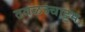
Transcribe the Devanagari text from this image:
तवळच्चाट्टम